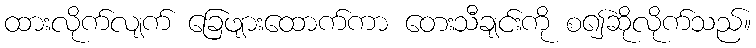
ထားလိုက်လျက် ခြေဖျားထောက်ကာ တေးသီချင်းကို စ၍ဆိုလိုက်သည်။